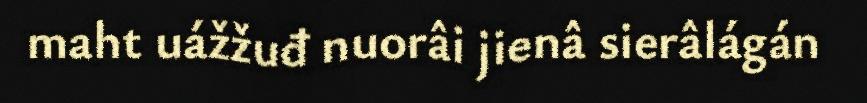
maht uážžuđ nuorâi jienâ sierâlágán